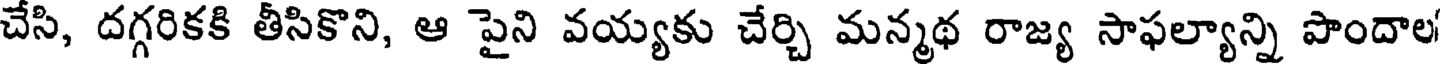
చేసి, దగ్గరికకి తీసికొని, ఆ పైని వయ్యకు చేర్చి మన్మథ రాజ్య సాఫల్యాన్ని పొందాల